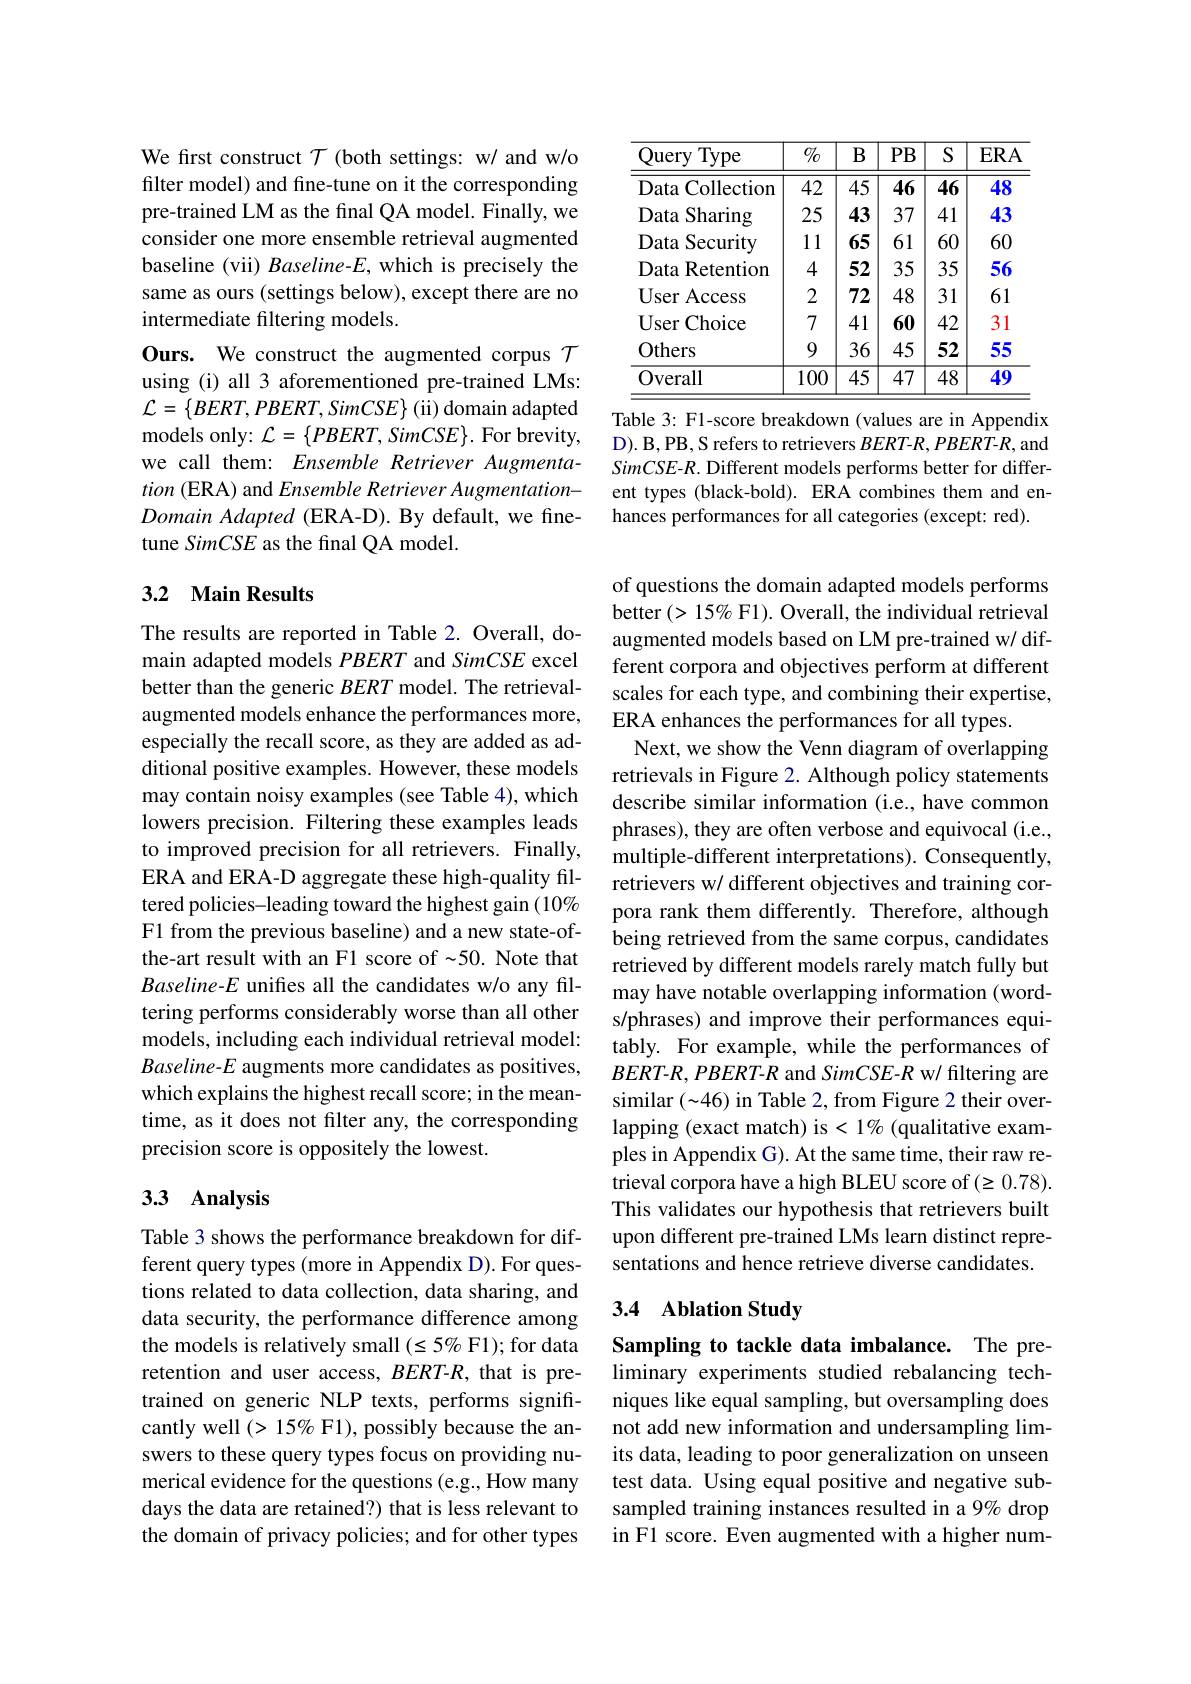
We first construct $\mathcal{T}$ (both settings: w/ and w/o filter model) and fine-tune on it the corresponding pre-trained LM as the final QA model. Finally, we consider one more ensemble retrieval augmented baseline (vii) Baseline-E, which is precisely the same as ours (settings below), except there are no intermediate filtering models.
Ours. We construct the augmented corpus $\mathcal{T}$ using (i) all 3 aforementioned pre-trained LMs: ${\mathcal L}=\left\{BERT,PBERT,SimCSE\right\}$(ii) domain adapted models only: $\mathcal{L}=\{PBERT,SimCSE\}.$ For brevity, we call them: Ensemble Retriever Augmentation (ERA) and Ensemble Retriever Augmentation- $Domain\textit{ Adapted ( ERA- D) . By default, we fine- }$ tune SimCSE as the final QA model.

## 3.2 Main Results

The results are reported in Table 2. Overall, domain adapted models PBERT and SimCSE excel better than the generic $BERT$ model. The retrievalaugmented models enhance the performances more, especially the recall score, as they are added as additional positive examples. However, these models may contain noisy examples (see Table 4), which lowers precision. Filtering these examples leads to improved precision for all retrievers. Finally, ERA and ERA-D aggregate these high-quality filtered policies-leading toward the highest gain (10% F1 from the previous baseline) and a new state-ofthe-art result with an F1 score of {-50.} Note that Baseline-E unifies all the candidates w/o any filtering performs considerably worse than all other models, including each individual retrieval model: Baseline-E augments more candidates as positives, which explains the highest recall score; in the meantime, as it does not filter any, the corresponding precision score is oppositely the lowest.

## 3.3 Analysis

Table 3 shows the performance breakdown for different query types (more in Appendix D). For questions related to data collection, data sharing, and data security, the performance difference among the models is relatively small $(\leq5\%$ F1); for data retention and user access, BERT-R, that is pretrained on generic NLP texts, performs significantly well $(>15\%$ F1), possibly because the answers to these query types focus on providing numerical evidence for the questions (e.g., How many days the data are retained?) that is less relevant to the domain of privacy policies; and for other types

<table>
	<tbody>
		<tr>
			<th>Query Type</th>
			<th>$0/_{0}$</th>
			<th>$B$</th>
			<th>$PB$</th>
			<th>$S$</th>
			<th>$ERA$</th>
		</tr>
		<tr>
			<td>Data Collection</td>
			<td>42</td>
			<td>45</td>
			<td>46</td>
			<td>46</td>
			<td>48</td>
		</tr>
		<tr>
			<td>Sharing Data</td>
			<td>25</td>
			<td>43</td>
			<td>37</td>
			<td>41</td>
			<td>43</td>
		</tr>
		<tr>
			<td>Data Retention 1</td>
			<td>4</td>
			<td>52</td>
			<td>35</td>
			<td>35</td>
			<td>56</td>
		</tr>
		<tr>
			<td>User Access</td>
			<td>2</td>
			<td>72</td>
			<td>48</td>
			<td>31</td>
			<td>61</td>
		</tr>
		<tr>
			<td>User Choice</td>
			<td>7</td>
			<td>41</td>
			<td>60</td>
			<td>42</td>
			<td>31</td>
		</tr>
		<tr>
			<td>Others</td>
			<td>9</td>
			<td>36</td>
			<td>45</td>
			<td>52</td>
			<td>55</td>
		</tr>
		<tr>
			<td>Overall</td>
			<td>100</td>
			<td>$\overline{45}$</td>
			<td>$\overline{47}$</td>
			<td>$\overline{48}$</td>
			<td>49</td>
		</tr>
	</tbody>
</table>

Table 3: F1-score breakdown (values are in Appendix D). B, PB, S refers to retrievers $BERT-R,PBERT$-$R$, and SimCSE-R. Different models performs better for different types (black-bold). ERA combines them and enhances performances for all categories (except: red).

of questions the domain adapted models performs better $(>15\%$ F1). Overall, the individual retrieval augmented models based on LM pre-trained w/ different corpora and objectives perform at different scales for each type, and combining their expertise, ERA enhances the performances for all types.
Next, we show the Venn diagram of overlapping retrievals in Figure 2. Although policy statements describe similar information (i.e., have common phrases), they are often verbose and equivocal (i.e., multiple-different interpretations). Consequently, retrievers w/ different objectives and training corpora rank them differently. Therefore, although being retrieved from the same corpus, candidates retrieved by different models rarely match fully but may have notable overlapping information (words/phrases) and improve their performances equitably. For example, while the performances of $BERT-R,PBERT-R$ and SimCSE-R w/ filtering are similar $(\sim46)$ in Table 2, from Figure 2 their overlapping (exact match) is < 1% (qualitative examples in Appendix G). At the same time, their raw retrieval corpora have a high BLEU score of $(\geq0.78).$ This validates our hypothesis that retrievers built upon different pre-trained LMs learn distinct representations and hence retrieve diverse candidates.

## 3.4 Ablation Study

Sampling to tackle data imbalance. The preliminary experiments studied rebalancing techniques like equal sampling, but oversampling does not add new information and undersampling limits data, leading to poor generalization on unseen test data. Using equal positive and negative subsampled training instances resulted in a 9% drop in F1 score. Even augmented with a higher num-